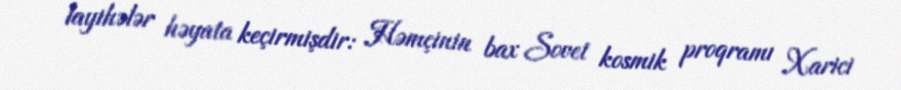
layihələr həyata keçirmişdir: Həmçinin bax Sovet kosmik proqramı Xarici